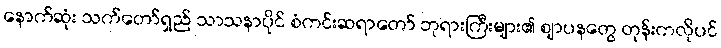
နောက်ဆုံး သက်တော်ရှည် သာသနာပိုင် စံကင်းဆရာတော် ဘုရားကြီးများ၏ ဈာပနတွေ တုန်းကလိုပင်